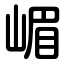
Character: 嵋